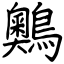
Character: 䴈